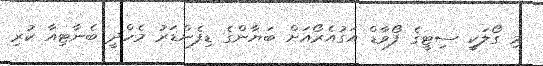
މި ގޯލަކީ ސިޓީގެ ފޯވާޑް އަގުއެރޯއަށް ބަޔާންގެ ޑިފެންޑަރު މެހްދީ ބެނާޓިއާ ކުރި